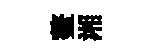
鳌湘